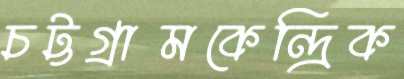
চট্টগ্রামকেন্দ্রিক